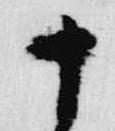
十